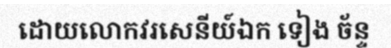
ដោយលោកវរសេនីយ៍ឯក ទៀង ច័ន្ទ